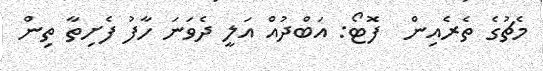
މެޗުގެ ތެރެއިން  ފޮޓޯ: އަބްދުއް އަލީ ދެވަނަ ހާފު ފެށިތާ ތިން